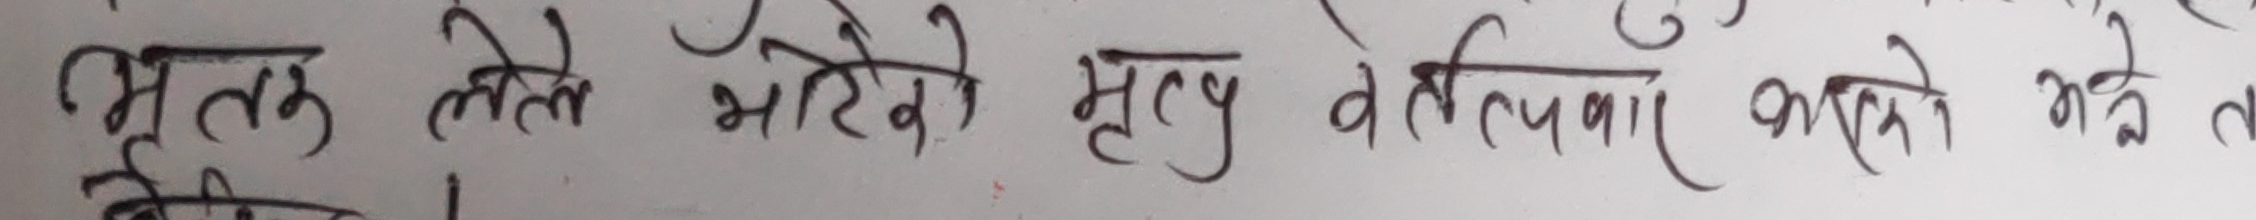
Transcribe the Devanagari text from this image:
भल्न लेले भारेको मृत्यु बर्त्तमान आएको भई त